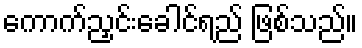
ကောက်ညှင်းခေါင်ရည် ဖြစ်သည်။